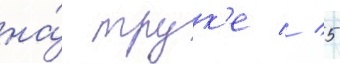
на́ трук'е // 5